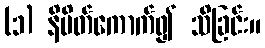
(၁) နိမိတ်ကောက်၍ သိခြင်း။